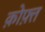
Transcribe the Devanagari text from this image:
क़ोफ़्त